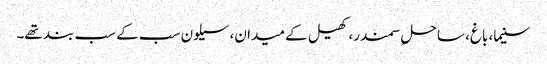
سنیما، باغ، ساحلِ سمندر، کھیل کے میدان، سیلون سب کے سب بند تھے۔